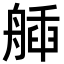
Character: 𦩿